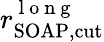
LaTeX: r_{\mathrm{SOAP,cut}}^{\mathrm{~l~o~n~g~}}